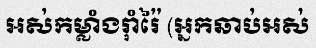
អស់កម្លាំងរ៉ាំរ៉ៃ (អ្នកឆាប់អស់